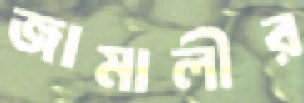
জামালীর